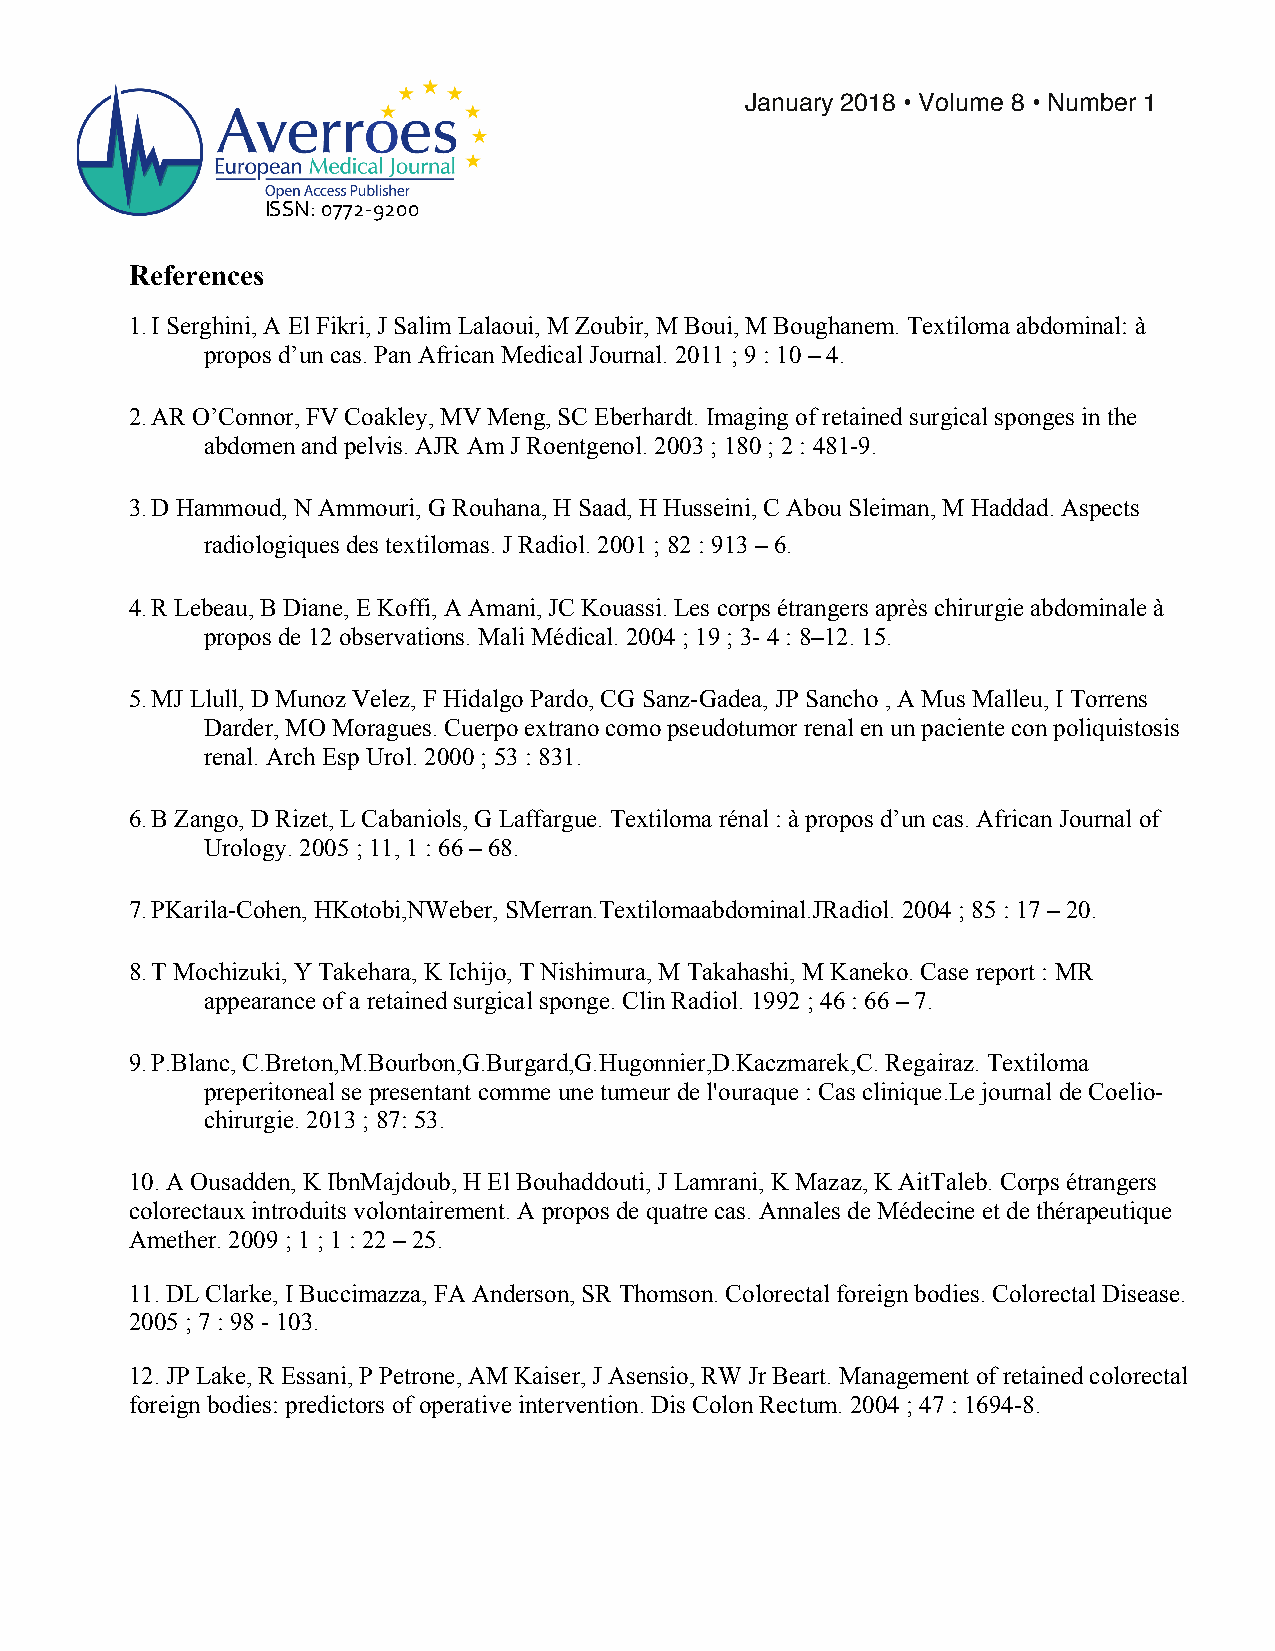
!
 January 2018 • Volume 8 • Number 1!
 ISSN:!0772)9200!
 References
 1. I Serghini, A El Fikri, J Salim Lalaoui, M Zoubir, M Boui, M Boughanem. Textiloma abdominal: à
 propos d’un cas. Pan African Medical Journal. 2011 ; 9 : 10 – 4.
 2. AR O’Connor, FV Coakley, MV Meng, SC Eberhardt. Imaging of retained surgical sponges in the
 abdomen and pelvis. AJR Am J Roentgenol. 2003 ; 180 ; 2 : 481-9.
 3. D Hammoud, N Ammouri, G Rouhana, H Saad, H Husseini, C Abou Sleiman, M Haddad. Aspects
 radiologiques des textilomas. J Radiol. 2001 ; 82 : 913 – 6.
 4. R Lebeau, B Diane, E Koffi, A Amani, JC Kouassi. Les corps étrangers après chirurgie abdominale à
 propos de 12 observations. Mali Médical. 2004 ; 19 ; 3- 4 : 8–12. 15.
 5. MJ Llull, D Munoz Velez, F Hidalgo Pardo, CG Sanz-Gadea, JP Sancho , A Mus Malleu, I Torrens
 Darder, MO Moragues. Cuerpo extrano como pseudotumor renal en un paciente con poliquistosis
 renal. Arch Esp Urol. 2000 ; 53 : 831.
 6. B Zango, D Rizet, L Cabaniols, G Laffargue. Textiloma rénal : à propos d’un cas. African Journal of
 Urology. 2005 ; 11, 1 : 66 – 68.
 7. PKarila-Cohen, HKotobi,NWeber, SMerran.Textilomaabdominal.JRadiol. 2004 ; 85 : 17 – 20.
 8. T Mochizuki, Y Takehara, K Ichijo, T Nishimura, M Takahashi, M Kaneko. Case report : MR
 appearance of a retained surgical sponge. Clin Radiol. 1992 ; 46 : 66 – 7.
 9. P.Blanc, C.Breton,M.Bourbon,G.Burgard,G.Hugonnier,D.Kaczmarek,C. Regairaz. Textiloma
 preperitoneal se presentant comme une tumeur de l'ouraque : Cas clinique.Le journal de Coelio-
 chirurgie. 2013 ; 87: 53.
 10. A Ousadden, K IbnMajdoub, H El Bouhaddouti, J Lamrani, K Mazaz, K AitTaleb. Corps étrangers
 colorectaux introduits volontairement. A propos de quatre cas. Annales de Médecine et de thérapeutique
 Amether. 2009 ; 1 ; 1 : 22 – 25.
 11. DL Clarke, I Buccimazza, FA Anderson, SR Thomson. Colorectal foreign bodies. Colorectal Disease.
 2005 ; 7 : 98 - 103.
 12. JP Lake, R Essani, P Petrone, AM Kaiser, J Asensio, RW Jr Beart. Management of retained colorectal
 foreign bodies: predictors of operative intervention. Dis Colon Rectum. 2004 ; 47 : 1694-8.